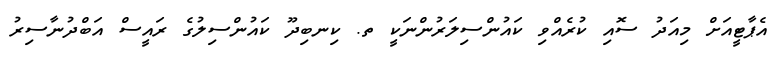
އެޕާޓީއަށް މިއަދު ސޮއި ކުރެއްވި ކައުންސިލަރުންނަކީ ތ. ކިނބިދޫ ކައުންސިލުގެ ރައީސް އަބްދުނާސިރު